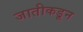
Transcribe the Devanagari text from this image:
जातीकडून